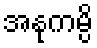
အနုကမ္ပိ